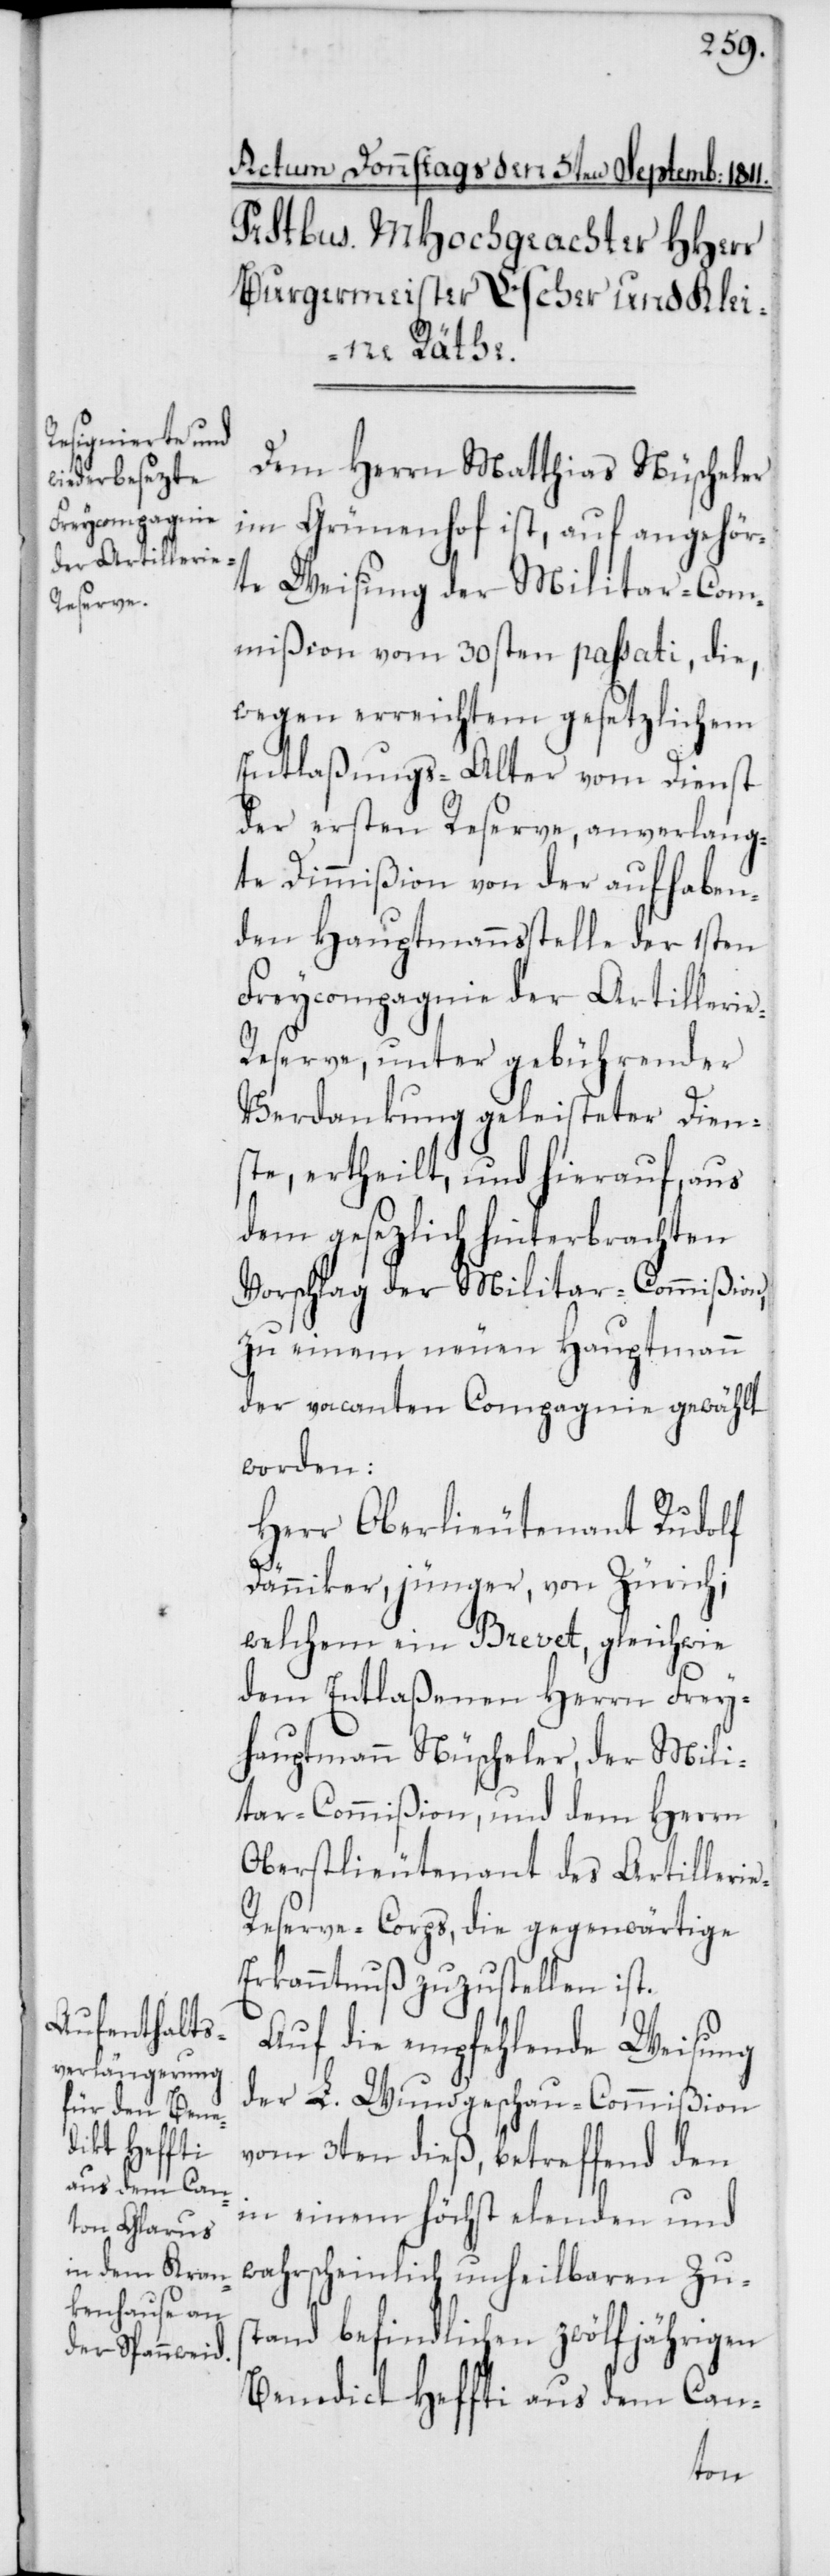
Dem Herrn Matthias Nüscheler
im Grünenhof ist, auf angehör¬
te Weisung der Militar-Com¬
mißion vom 30sten passati, die,
wegen erreichtem gesetzlichem
Entlaßungs-Alter vom Dienst
der ersten Reserve, anverlang¬
te Dimmißion von der aufhaben¬
den Hauptmannsstelle der 1sten
Freycompagnie der Artilleri¬
e-Reserve, unter gebührender
Verdankung geleisteter Dien¬
ste ertheilt, und hierauf, aus
dem gesezlich hinterbrachten
Vorschlag der Militar-Commißion,
zu einem neuen Hauptmann
der vacanten Compagnie gewählt
worden:
Herr Oberlieutenant Rudolf
Dänniker, jünger, von Zürich;
welchem ein Brevet, gleichwie
dem Entlaßenen Herrn Frey¬
hauptmann Nüscheler, der Mili¬
tar-Commißion, und dem Herrn
Oberstlieutenant des Artilleri¬
e-Reserve-Corps, die gegenwärtige
Erkanntnuß zuzustellen ist.
Auf die empfehlende Weisung
der L. Wundgeschau-Commißion
vom 3ten dieß, betreffend den
in einem höchst elenden und
wahrscheinlich unheilbaren Zu¬
stand befindlichen zwölfjährigen
Benedict Heffti aus dem Can-